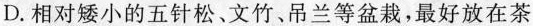
D.相对矮小的五针松、文竹、吊兰等盆栽，最好放在茶